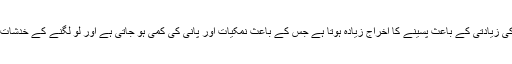
درجہ حرارت کی زیادتی کے باعث پسینے کا اخراج زیادہ ہوتا ہے جس کے باعث نمکیات اور پانی کی کمی ہو جاتی ہے اور لُو لگنے کے خدشات بڑھ جاتے ہیں۔